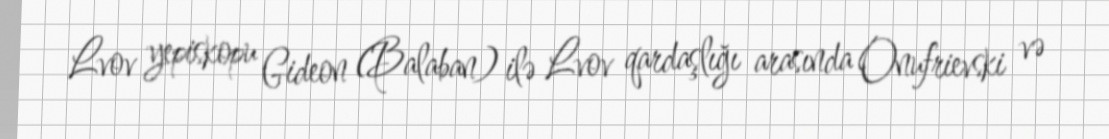
Lvov yepiskopu Gideon (Balaban) ilə Lvov qardaşlığı arasında Onufrievski və